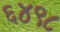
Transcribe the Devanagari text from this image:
६४९८